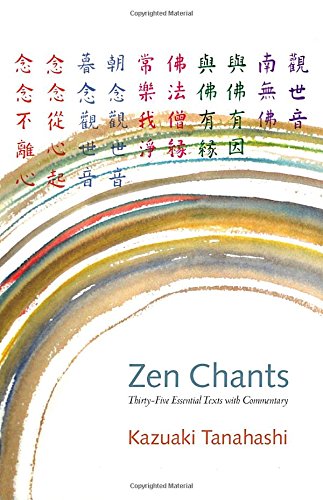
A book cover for Zen Chants: Thirty-Five Essential Texts with Commentary; Kazuaki Tanahashi; Religion & Spirituality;